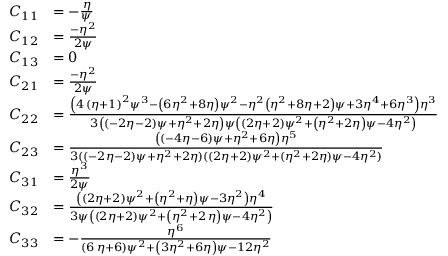
\begin{array} { r l } { C _ { 1 1 } } & { = - \frac { \eta } { \psi } } \\ { C _ { 1 2 } } & { = { \frac { - { \eta } ^ { 2 } } { 2 \psi } } } \\ { C _ { 1 3 } } & { = 0 } \\ { C _ { 2 1 } } & { = { \frac { - { \eta } ^ { 2 } } { 2 \psi } } } \\ { C _ { 2 2 } } & { = \frac { \left( 4 \, \left( \eta + 1 \right) ^ { 2 } \psi ^ { 3 } - \left( 6 \eta ^ { 2 } + 8 \eta \right) \psi ^ { 2 } - \eta ^ { 2 } \left( \eta ^ { 2 } + 8 \eta + 2 \right) \psi + 3 \eta ^ { 4 } + 6 \eta ^ { 3 } \right) { \eta } ^ { 3 } } { 3 \left( \left( - 2 \eta - 2 \right) \psi + { \eta } ^ { 2 } + 2 \eta \right) \psi \left( \left( 2 \eta + 2 \right) \psi ^ { 2 } + \left( { \eta } ^ { 2 } + 2 \eta \right) \psi - 4 \eta ^ { 2 } \right) } } \\ { C _ { 2 3 } } & { = \frac { \left( \left( - 4 \eta - 6 \right) \psi + \eta ^ { 2 } + 6 \eta \right) \eta ^ { 5 } } { 3 ( ( - 2 \eta - 2 ) \psi + \eta ^ { 2 } + 2 \eta ) ( ( 2 \eta + 2 ) \psi ^ { 2 } + ( \eta ^ { 2 } + 2 \eta ) \psi - 4 \eta ^ { 2 } ) } } \\ { C _ { 3 1 } } & { = { \frac { { \eta } ^ { 3 } } { 2 \psi } } } \\ { C _ { 3 2 } } & { = { \frac { \left( \left( 2 \eta + 2 \right) \psi ^ { 2 } + \left( { \eta } ^ { 2 } + \eta \right) \psi - 3 \eta ^ { 2 } \right) { \eta } ^ { 4 } } { 3 \psi \left( \left( 2 \eta + 2 \right) \psi ^ { 2 } + \left( { \eta } ^ { 2 } + 2 \, \eta \right) \psi - 4 \eta ^ { 2 } \right) } } } \\ { C _ { 3 3 } } & { = - { \frac { { \eta } ^ { 6 } } { \left( 6 \, \eta + 6 \right) \psi ^ { 2 } + \left( 3 \eta ^ { 2 } + 6 \eta \right) \psi - 1 2 \eta ^ { 2 } } } } \end{array}